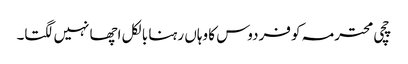
چچی محترمہ کو فردوس کا وہاں رہنا بالکل اچھا نہیں لگتا۔